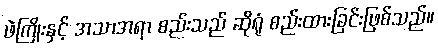
ဖဲကြိုးနှင့် အသာအရာ စည်းသည် ဆိုရုံ စည်းထားခြင်းဖြစ်သည်။